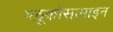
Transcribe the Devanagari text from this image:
ग्लूकोसामाइन